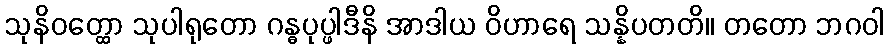
သုနိဝတ္ထော သုပါရုတော ဂန္ဓပုပ္ဖါဒီနိ အာဒါယ ဝိဟာရေ သန္နိပတတိ။ တတော ဘဂဝါ